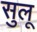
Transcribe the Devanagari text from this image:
सुलू